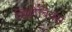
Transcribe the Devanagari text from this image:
सिलेबिक्स